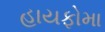
હાયફોમા